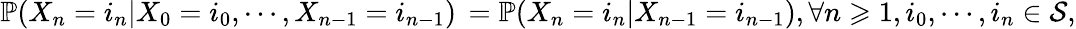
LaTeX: \mathbb{P}(X_{n}=i_{n}|X_{0}=i_{0},\cdots,X_{n-1}=i_{n-1})\, =\mathbb{P}(X_{n}=i_{n}|X_{n-1}=i_{n-1}),\forall n\geqslant 1,i_{0},\cdots,i_{n}\in\mathcal{S},